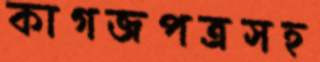
কাগজপত্রসহ